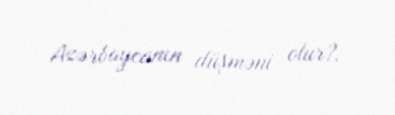
Azərbaycanın düşməni olur?.